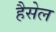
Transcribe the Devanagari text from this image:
हैसेल